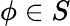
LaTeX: \phi\in S